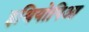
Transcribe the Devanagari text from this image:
इथियोपिआ